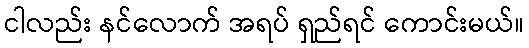
ငါလည်း နင်လောက် အရပ် ရှည်ရင် ကောင်းမယ်။